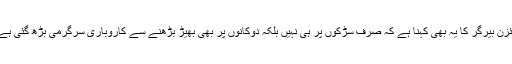
آئزن بیرگر کا یہ بھی کہنا ہے کہ صرف سڑکوں پر ہی نہیں بلکہ دوکانوں پر بھی بھیڑ بڑھنے سے کاروباری سرگرمی بڑھ گئی ہے۔